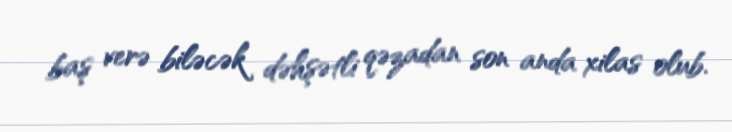
baş verə biləcək dəhşətli qəzadan son anda xilas olub.